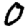
Digit: 0